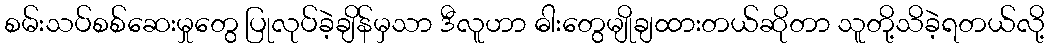
စမ်းသပ်စစ်ဆေးမှုတွေ ပြုလုပ်ခဲ့ချိန်မှသာ ဒီလူဟာ ဓါးတွေမျိုချထားတယ်ဆိုတာ သူတို့သိခဲ့ရတယ်လို့